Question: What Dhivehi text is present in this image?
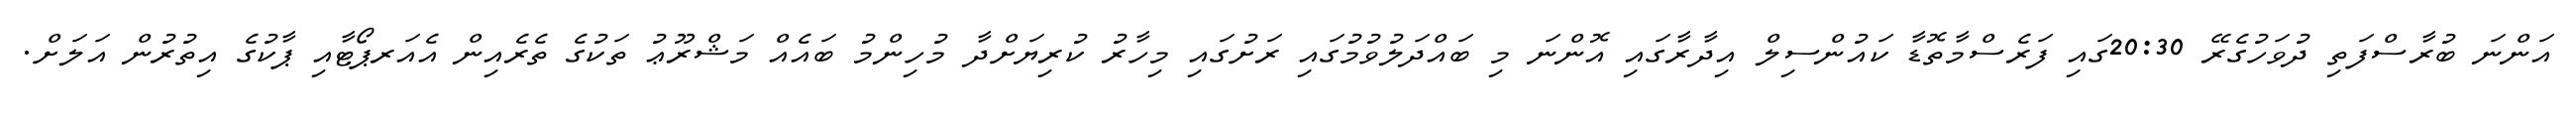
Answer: އަންނަ ބުރާސްފަތި ދުވަހުގެރޭ 20:30ގައި ފަރެސްމާތޮޑާ ކައުންސިލް އިދާރާގައި އޮންނަ މި ބައްދަލުވުމުގައި ރަށުގައި މިހާރު ކުރިޔަށްދާ މުހިންމު ބައެއް މަޝްރޫޢު ތަކުގެ ތެރެއިން އެއަރޕޯޓާއި ޕާކުގެ އިތުރުން އަލަށް.